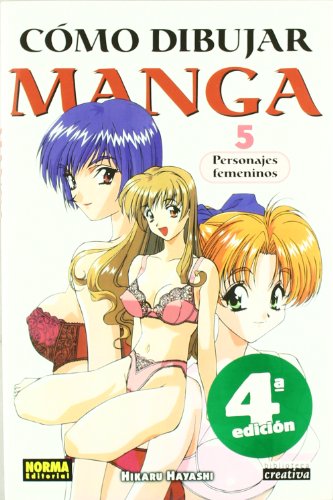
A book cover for Como dibujar manga 5 Personajes femeninos / How to Draw Manga 5 Female Characters (Spanish Edition); Hikaru Hayashi; Comics & Graphic Novels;